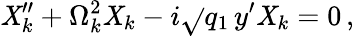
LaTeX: \mathit{X}_{k}^{\prime\prime}+\Omega_{k}^{2}\mathit{X}_{k}-i\sqrt{}{{q_{1}}}\, y^{\prime}\mathit{X}_{k}=0\, ,